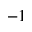
^ { - 1 }